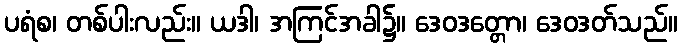
ပရံစ၊ တစ်ပါးလည်း။ ယဒါ၊ အကြင်အခါ၌။ ဒေဝဒတ္တော၊ ဒေဝဒတ်သည်။